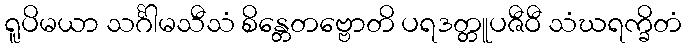
ရူပိမယာ သင်္ဂါမသီသံ စိန္တေတဗ္ဗောတိ ပရဒတ္တူပဇီဝီ သံဃရက္ခိတံ